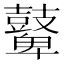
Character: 鼙